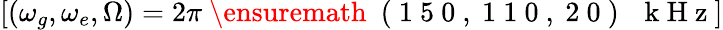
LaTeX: \left[(\omega_{g},\omega_{e},\Omega)=2\pi\mathrm{~\ensuremath~{~(~1~5~0~,~1~1~0~,~2~0~)~}~\, ~k~H~z~}\right]